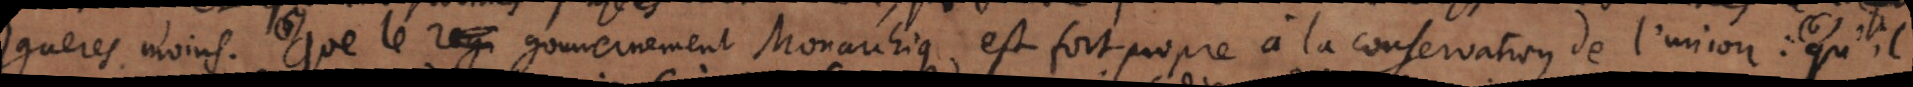
gueres moins. (5) Que le gouvernement Monarchique est fort propre à la conservation de l’union : (6) qu’il